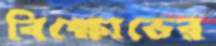
বিক্ষোভের